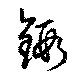
鍜